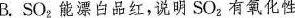
B.SO_{2}能漂白品红，说明SO_{2}有氧化性